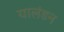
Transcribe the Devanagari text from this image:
यालंडन